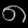
Digit: ၈